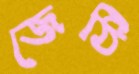
জেঠি